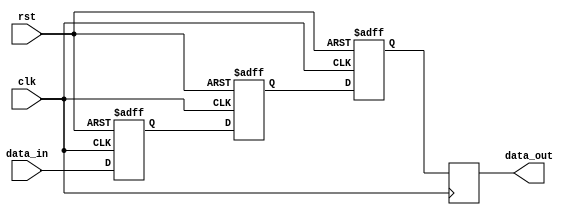
module cascaded_bypass_register (
    input wire clk,
    input wire rst,
    input wire data_in,
    output reg data_out
);

reg [7:0] stage1;
reg [7:0] stage2;
reg [7:0] stage3;
// Add more stages as needed

always @(posedge clk or posedge rst) begin
    if (rst) begin
        stage1 <= 8'b0;
        stage2 <= 8'b0;
        stage3 <= 8'b0;
        // Reset data in all stages
    end else begin
        stage1 <= data_in;
        stage2 <= stage1;
        stage3 <= stage2;
        // Shift data through the stages
    end
end

always @(posedge clk) begin
    data_out <= stage3;
// Output final stage data
end

endmodule